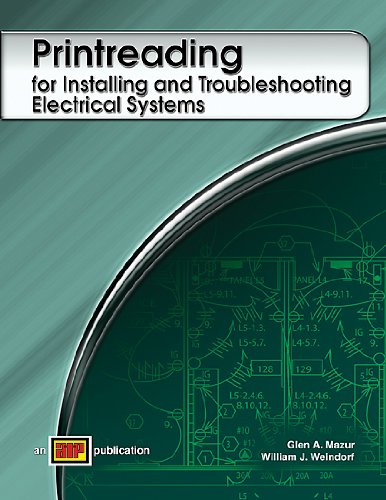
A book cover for Printreading for Installing and Troubleshooting Electrical Systems; Glen A Mazur; Science & Math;